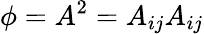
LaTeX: \phi=A^{2}=A_{ij}A_{ij}